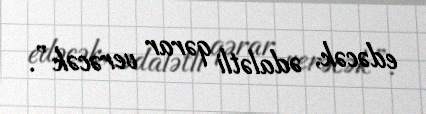
edəcək, ədalətli qərar verəcək”.